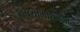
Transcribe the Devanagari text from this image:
उपयोगासंदर्भात